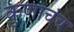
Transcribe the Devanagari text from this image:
कुणाचंच